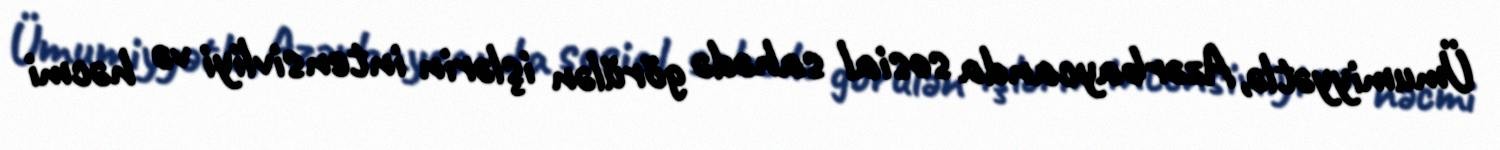
Ümumiyyətlə, Azərbaycanda sosial sahədə görülən işlərin intensivliyi və həcmi